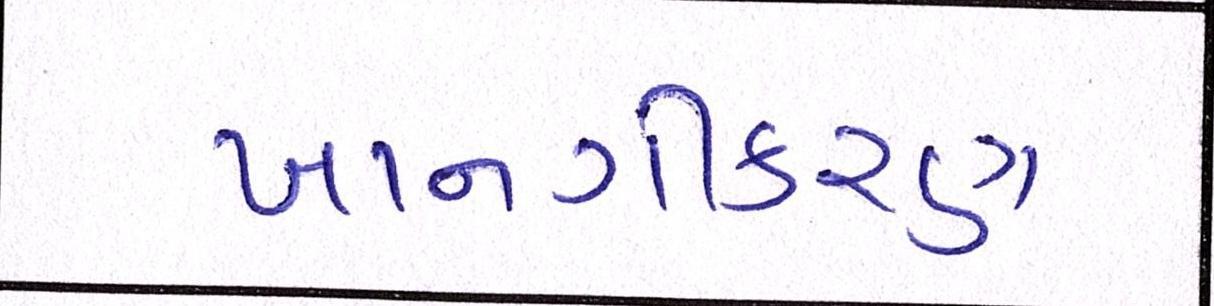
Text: ખાનગીકરણ